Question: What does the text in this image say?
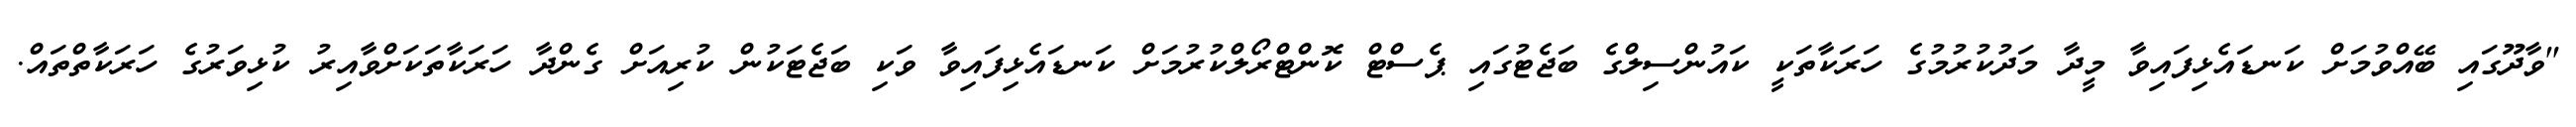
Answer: "ވާދޫގައި ބޭއްވުމަށް ކަނޑައެޅިފައިވާ މީދާ މަދުކުރުމުގެ ހަރަކާތަކީ ކައުންސިލްގެ ބަޖެޓުގައި ޕެސްޓް ކޮންޓްރޯލްކުރުމަށް ކަނޑައެޅިފައިވާ ވަކި ބަޖެޓަކުން ކުރިއަށް ގެންދާ ހަރަކާތަކަށްވާއިރު ކުޅިވަރުގެ ހަރަކާތްތައް.